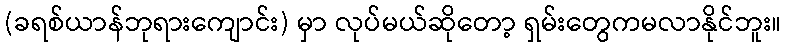
(ခရစ်ယာန်ဘုရားကျောင်း) မှာ လုပ်မယ်ဆိုတော့ ရှမ်းတွေကမလာနိုင်ဘူး။